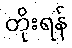
တိုးရန်